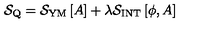
{ \mathcal S } _ { \mathrm { \scriptsize Q } } = { \mathcal S } _ { \mathrm { \scriptsize Y M } } \left[ A \right] + \lambda { \mathcal S } _ { \mathrm { \scriptsize I N T } } \left[ \phi , A \right]